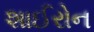
શાઈરોન